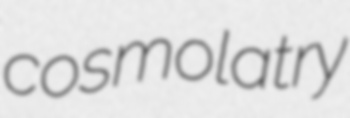
cosmolatry